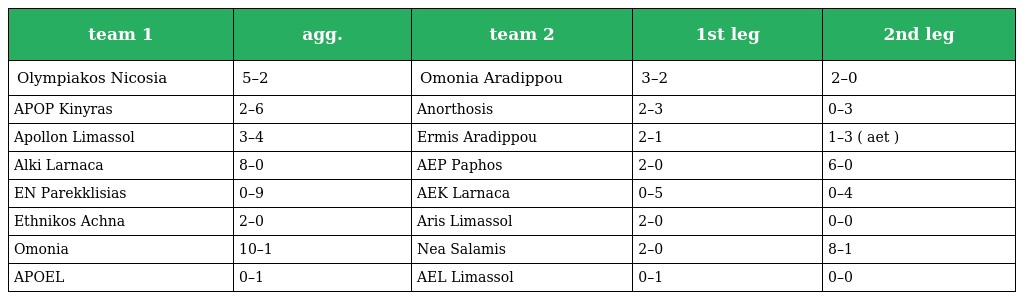
| team 1 | agg. | team 2 | 1st leg | 2nd leg |
 | --- | --- | --- | --- | --- |
 | Olympiakos Nicosia | 5–2 | Omonia Aradippou | 3–2 | 2–0 |
 | APOP Kinyras | 2–6 | Anorthosis | 2–3 | 0–3 |
 | Apollon Limassol | 3–4 | Ermis Aradippou | 2–1 | 1–3 ( aet ) |
 | Alki Larnaca | 8–0 | AEP Paphos | 2–0 | 6–0 |
 | EN Parekklisias | 0–9 | AEK Larnaca | 0–5 | 0–4 |
 | Ethnikos Achna | 2–0 | Aris Limassol | 2–0 | 0–0 |
 | Omonia | 10–1 | Nea Salamis | 2–0 | 8–1 |
 | APOEL | 0–1 | AEL Limassol | 0–1 | 0–0 |